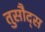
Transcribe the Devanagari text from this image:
तुसौद्स